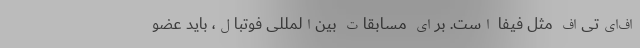
اف‌ای‌تی‌اف مثل فیفا است. برای مسابقات بین‌المللی فوتبال، باید عضو